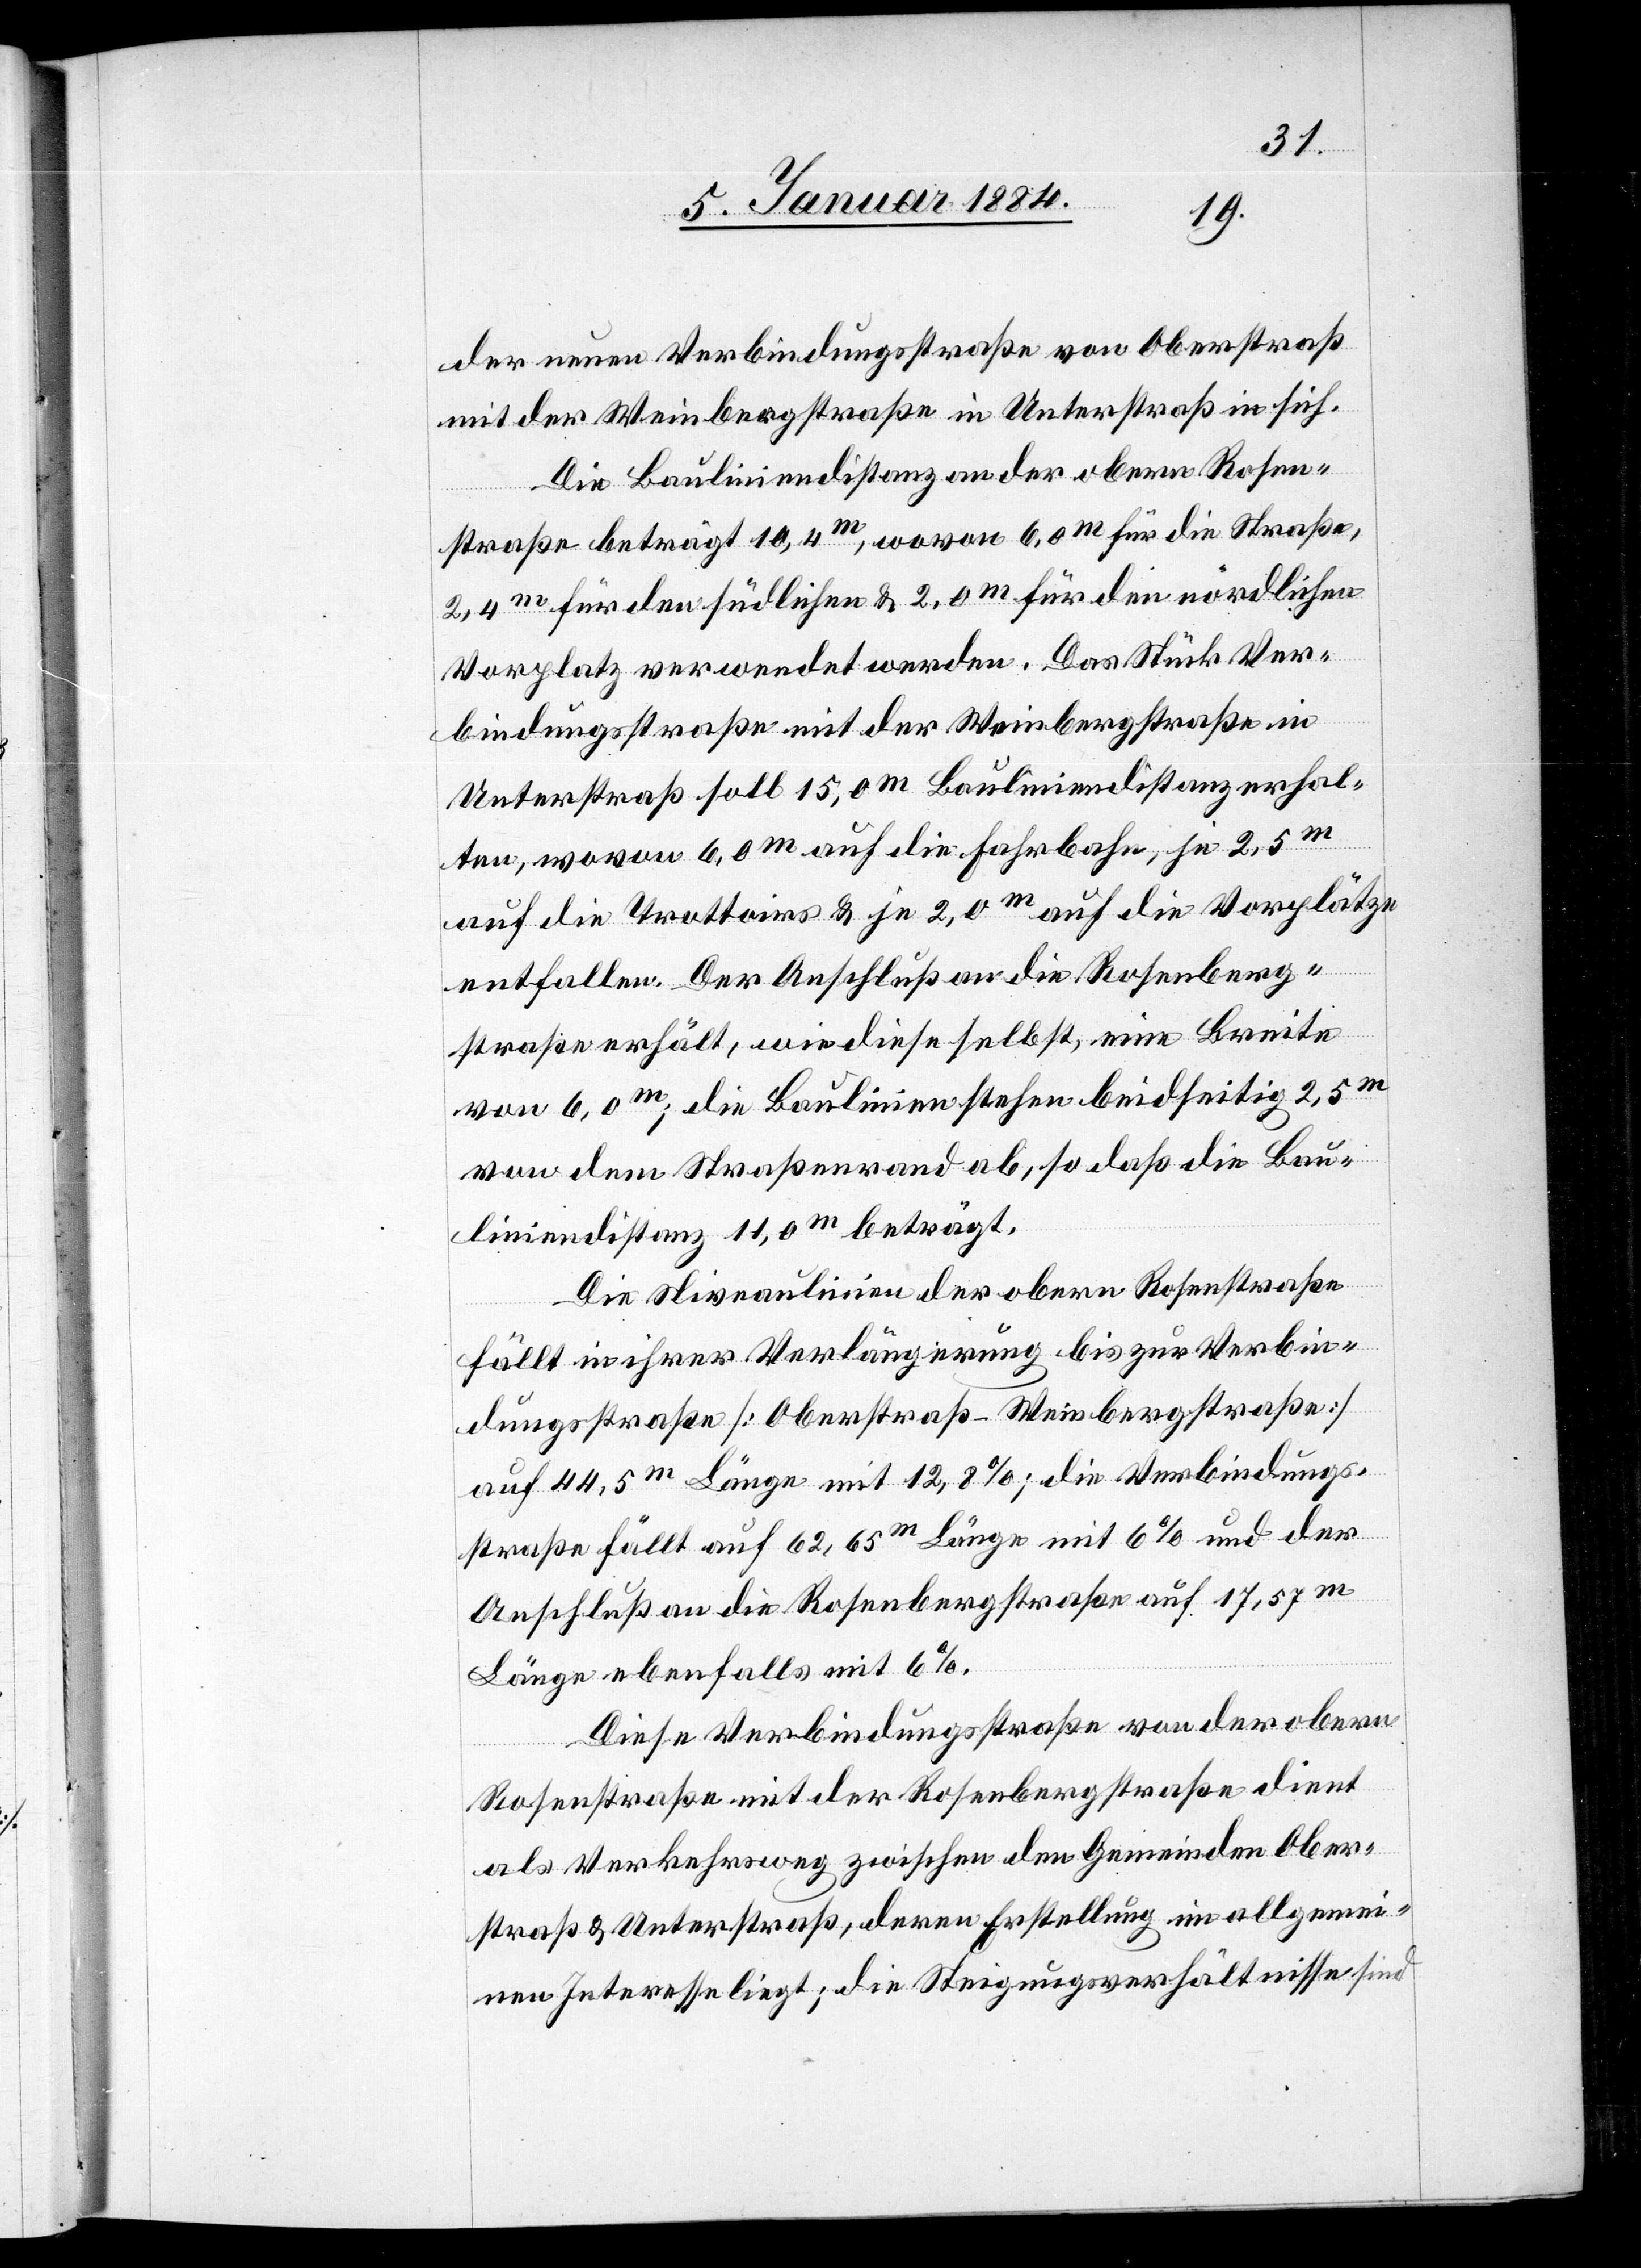
der neuen Verbindungsstraße von Oberstraß
mit der Weinbergstraße in Unterstraß in sich.
Die Bauliniendistanz an der obern Rosen¬
straße beträgt 10,4m, wovon 6,0m für die Straße,
2,4m für den südlichen & 2,0m für den nördlichen
Vorplatz verwendet werden. Das Stück Ver¬
bindungsstraße mit der Weinbergstraße in
Unterstraß soll 15,0m Bauliniendistanz erhal¬
ten, wovon 6,0m auf die Fahrbahn, je 2,5m
auf die Trottoirs & je 2,0m auf die Vorplätze
entfallen. Der Anschluß an die Rosenberg¬
straße erhält, wie diese selbst, eine Breite
von 6,0m; die Baulinie stehen beidseitig 2,5m
von dem Straßenrand ab, so daß die Bau¬
liniendistanz 11,0m beträgt.
Die Niveaulinie der obern Rosenstraße
fällt in ihrer Verlängerung bis zur Verbin¬
dungsstraße [Oberstraß–Weinbergstraße]
auf 44,5m Länge mit 12,8%; die Verbindungs¬
straße fällt auf 62,65m Länge mit 6% und der
Anschluß an die Rosenbergstraße auf 17,57m
Länge ebenfalls mit 6%.
Diese Verbindungstraße von der obern
Rosenstraße mit der Rosenbergstraße dient
als Verkehrsweg zwischen den Gemeinden Ober¬
straß & Unterstraß, deren Erstellung im allgemei¬
nen Interesse liegt; die Steigungsverhältnisse sind